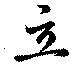
立